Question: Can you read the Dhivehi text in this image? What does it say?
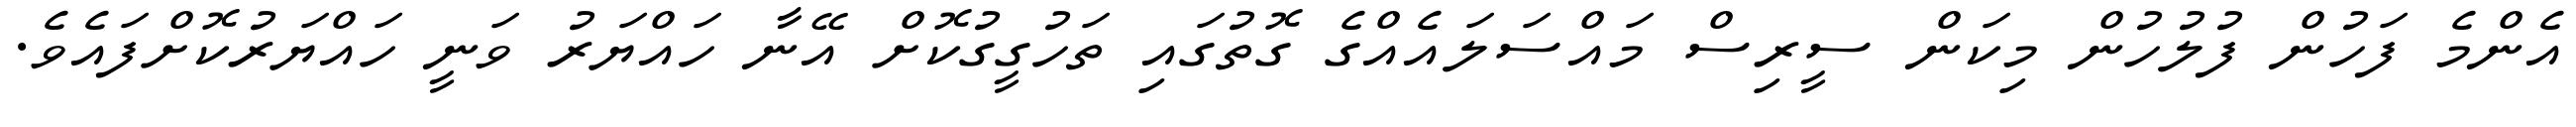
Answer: އެންމެ ފަހުން ފުލުހުން މިކަން ސީރިސް މައްސަލައެއްގެ ގޮތުގައި ތަހުގީގުކޮށް އޭނާ ހައްޔަރު ވަނީ ހައްޔަރުކޮށްފައެވެ.